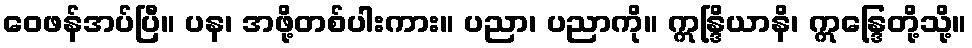
ဝေဖန်အပ်ပြီ။ ပန၊ အဖို့တစ်ပါးကား။ ပညာ၊ ပညာကို။ ဣန္ဒြိယာနိ၊ ဣန္ဒြေတို့သို့။